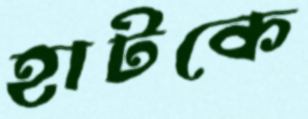
হাটকে